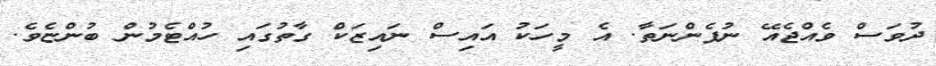
ދުވަސް ވެއްޖެއޭ ނުފެންނަތާ. އެ މީހަކު އައިސް ނައިޒަކް ގާތުގައި ހުއްޓެމުން ބުންޏެވެ.